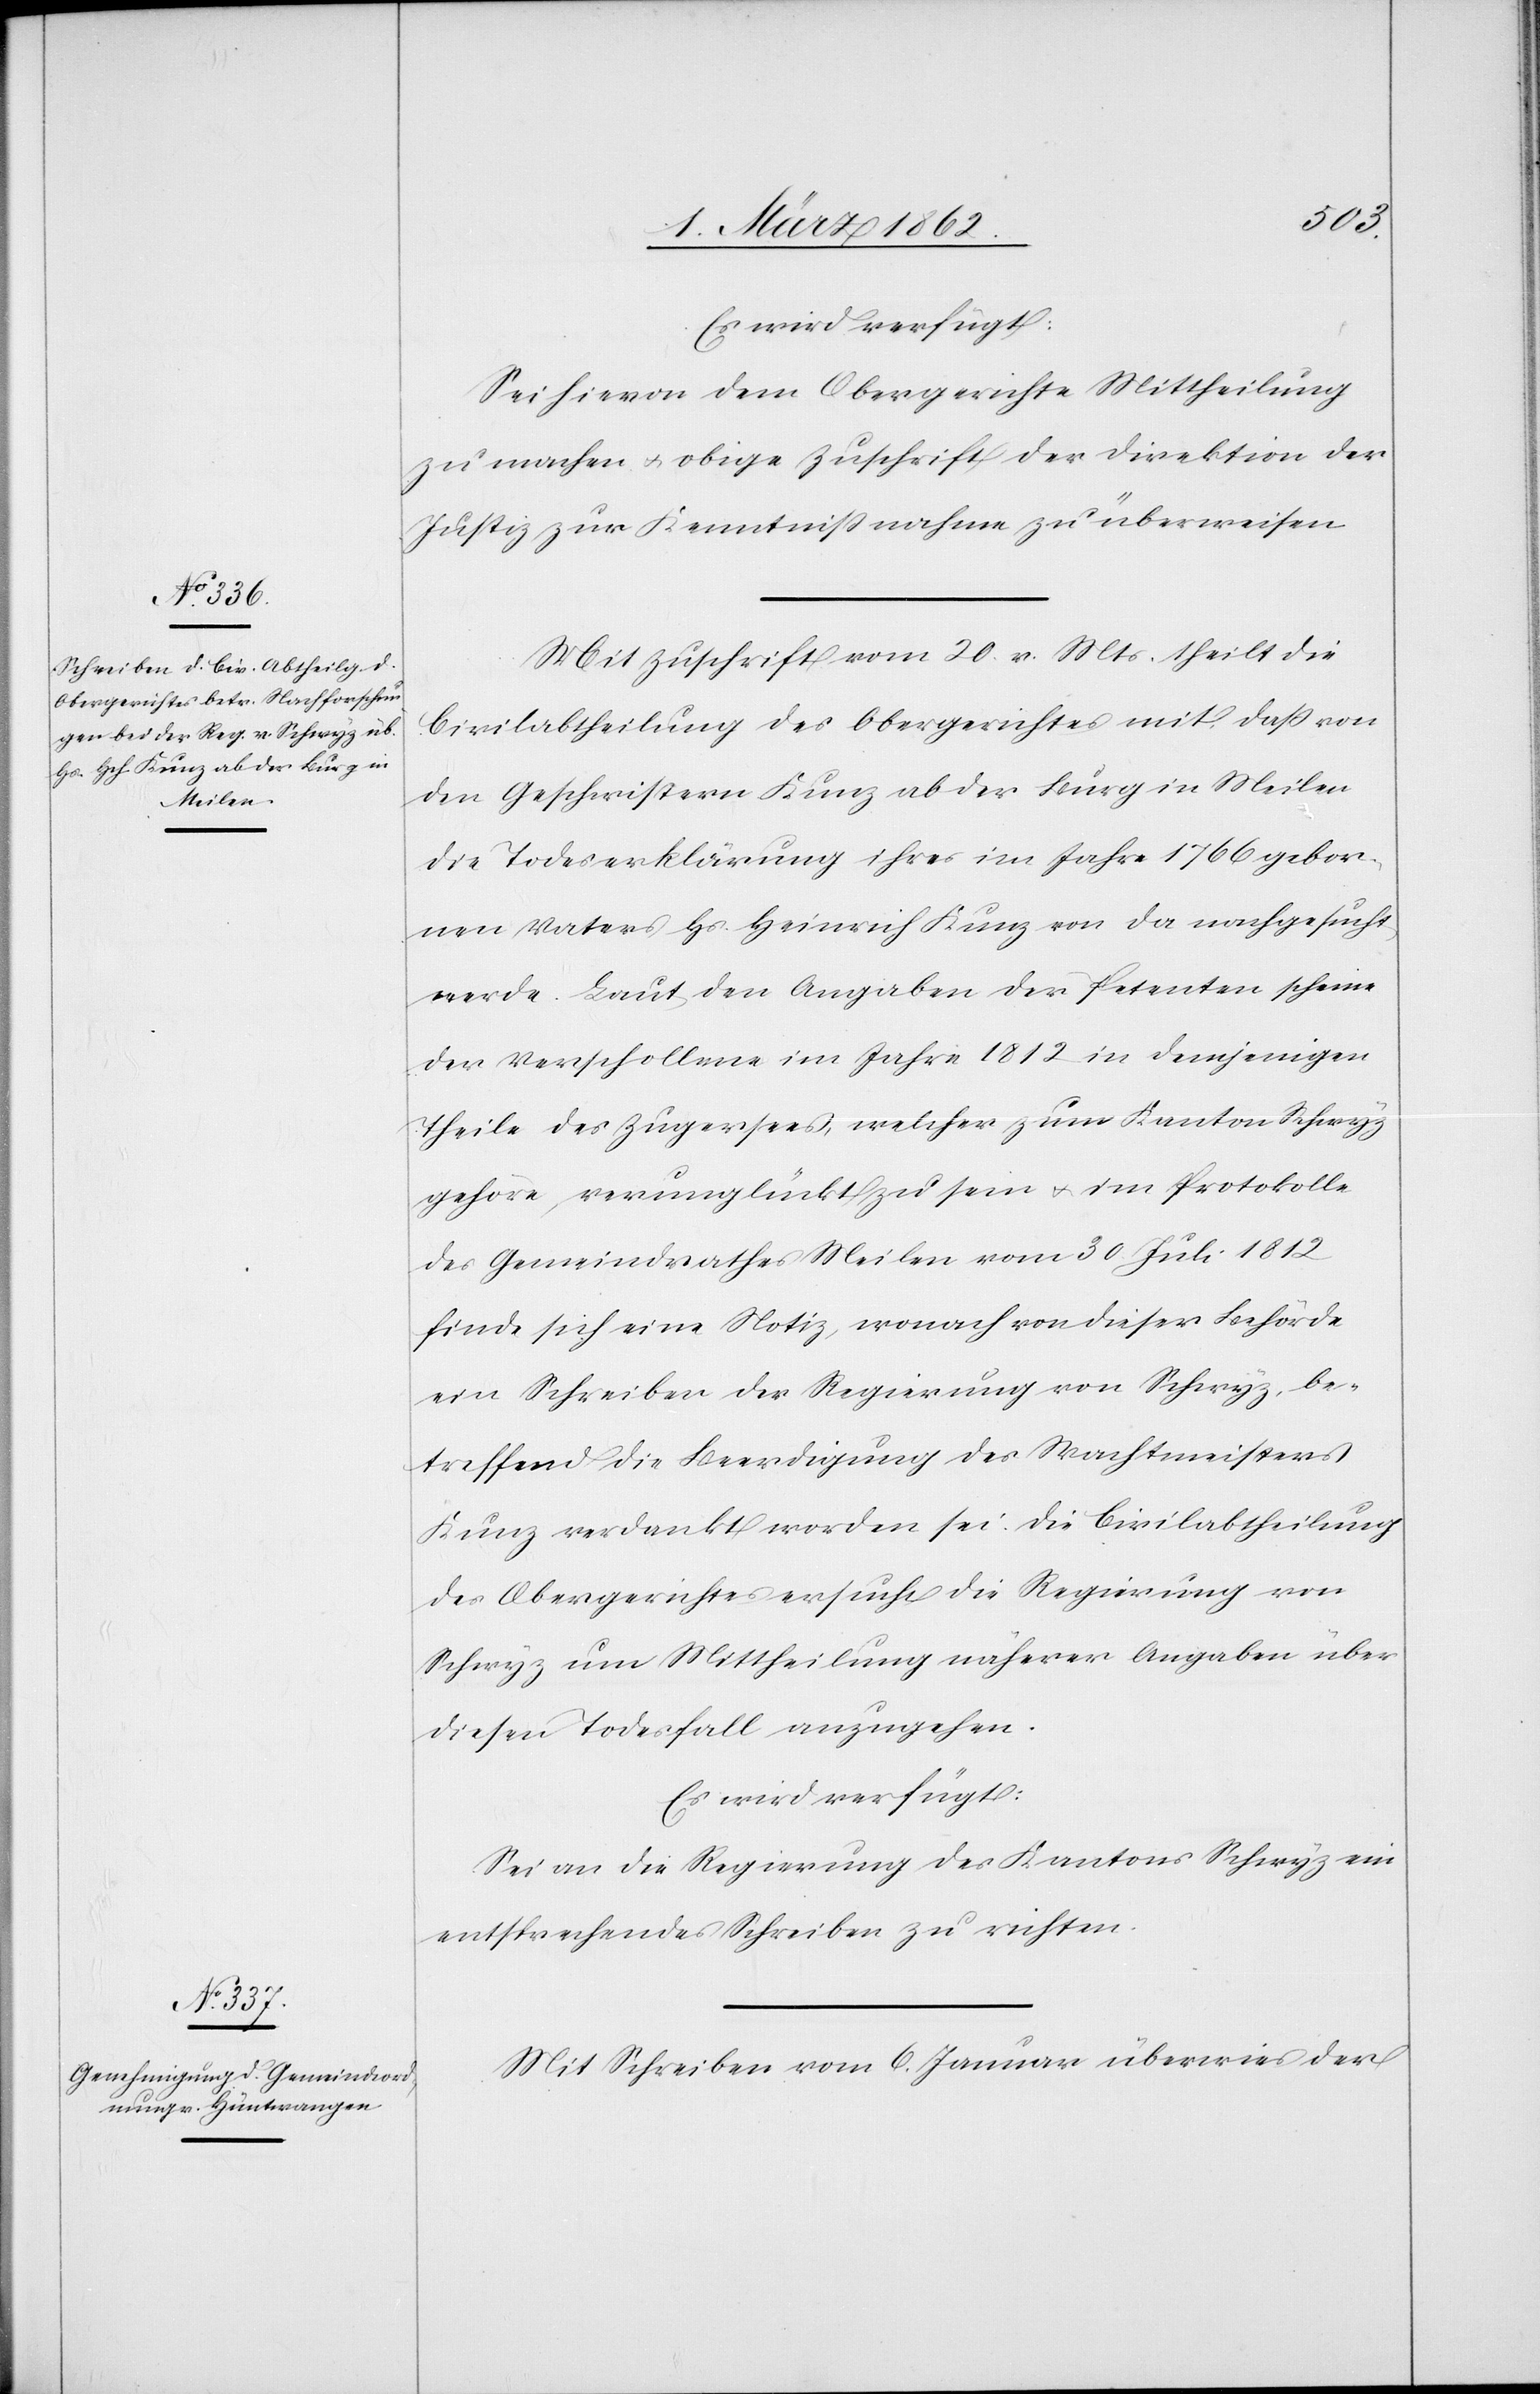
Sei hievon dem Obergerichte Mittheilung
zu machen u. obige Zuschrift der Direktion der
Justiz zur Kenntnißnahme zu überweisen.
Mit Zuschrift vom 20. v. Mts. theilt die
Civilabtheilung des Obergerichtes mit, daß von
den Geschwistern Kunz ab der Burg in Meilen
die Todeserklärung ihres im Jahre 1766 gebor¬
nen Vaters Hs. Heinrich Kunz von da nachgesucht
werde. Laut den Angaben der Petenten scheine
der Verschollene im Jahre 1812 in demjenigen
Theile des Zugersees, welcher zum Kanton Schwyz
gehöre, verunglückt zu sein u. im Protokolle
des Gemeindrathes Meilen vom 30. Juli 1812
finde sich eine Notiz, wonach von dieser Behörde
ein Schreiben der Regierung von Schwyz, be¬
treffend die Beerdigung des Wachtmeisters
Kunz verdankt worden sei. Die Civilabtheilung
des Obergerichtes ersucht[,] die Regierung von
Schwyz um Mittheilung näherer Angaben über
diesen Todesfall anzugehen.
Es wird verfügt:
Sei an die Regierung des Kantons Schwyz ein
entsprechendes Schreiben zu richten.
Mit Schreiben vom 6. Januar überwies der